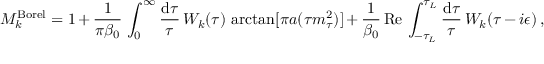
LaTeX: M _ { k } ^ { \mathrm { B o r e l } } = 1 + { \frac { 1 } { \pi \beta _ { 0 } } } \, \int _ { 0 } ^ { \infty } { \frac { \mathrm { d } \tau } { \tau } } \, W _ { k } ( \tau ) \, \arctan [ \pi a ( \tau m _ { \tau } ^ { 2 } ) ] + { \frac { 1 } { \beta _ { 0 } } } \, \mathrm { R e } \, \int _ { - \tau _ { L } } ^ { \tau _ { L } } { \frac { \mathrm { d } \tau } { \tau } } \, W _ { k } ( \tau - i \epsilon ) \, ,